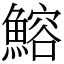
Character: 鰫